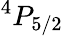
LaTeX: ^4P_{5/2}